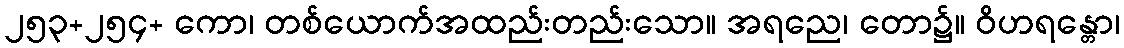
၂၅၃+၂၅၄+ ကော၊ တစ်ယောက်အထည်းတည်းသော။ အရညေ၊ တော၌။ ဝိဟရန္တော၊